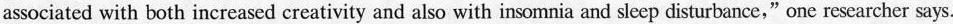
associated with both increased creativity and also with insomnia and sleep disturbance,”one researcher says.